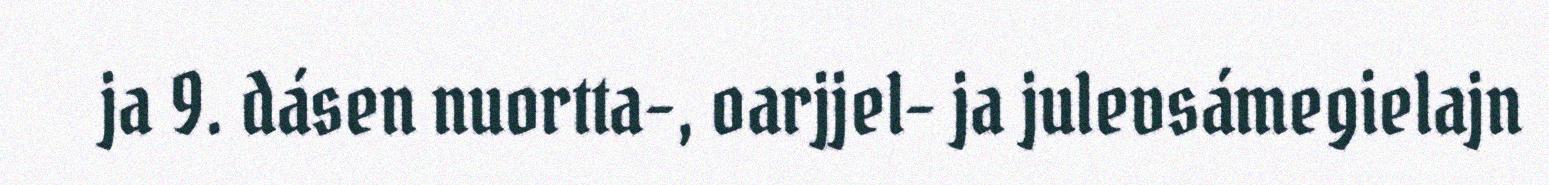
ja 9. dásen nuortta-, oarjjel- ja julevsámegielajn